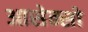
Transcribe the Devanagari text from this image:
आसेन्सो